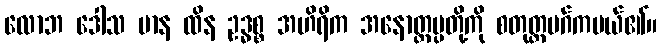
လောဘ ဒေါသ မာန ထိန ဥဒ္ဓစ္စ အဟိရိက အနောတ္တပ္ပတို့ကို စတုတ္ထမဂ်ကပယ်၏။